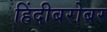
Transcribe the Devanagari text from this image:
हिंदीबरोबर